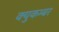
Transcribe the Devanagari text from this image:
क्युकम्बर